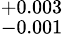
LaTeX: ^{+0.003}_{-0.001}